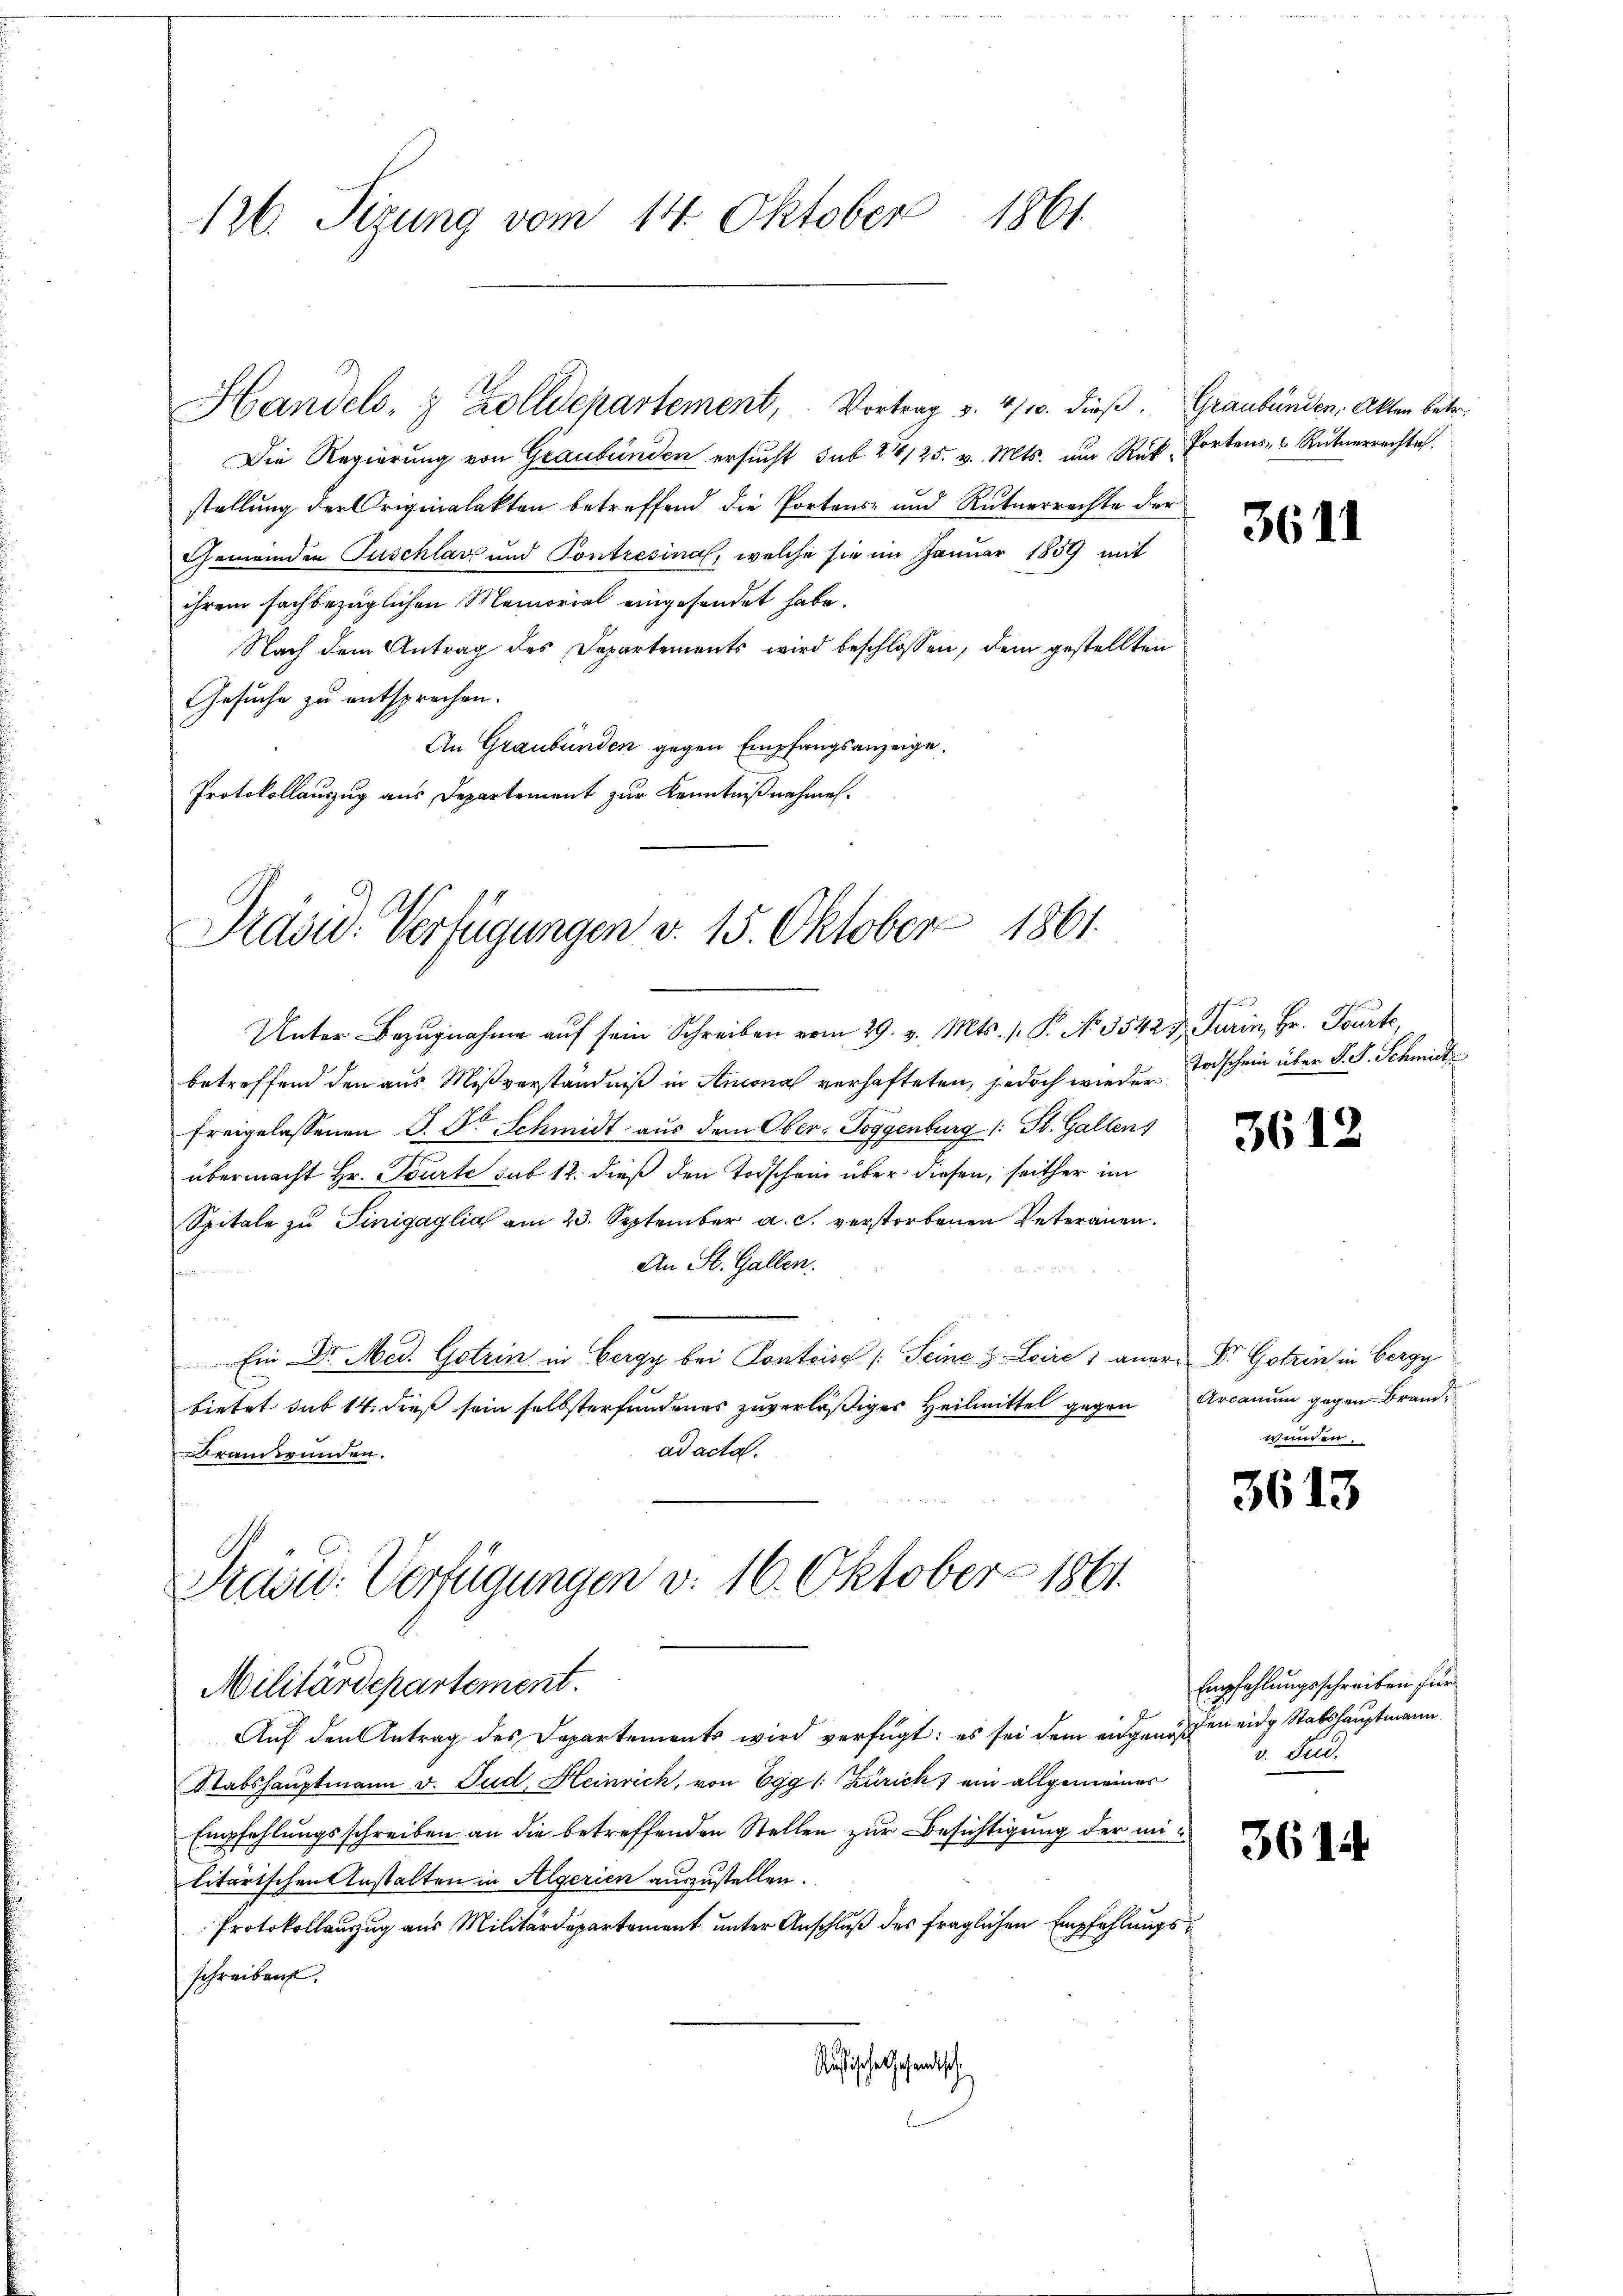
126. Sizung vom 14. Oktober 1861.

Die Regierung von Graubünden ersŭcht sub 21/25. v. Mts. um Rückfortens- u Rüterrechte.
stellung der Originalakten betreffend die Portons- und Rutnerrechte der
Gemeinden Zuschlag und Pontresinal, welche sie im Januar 1859 mit
ihrem fachbezüglichen Memorial eingesendet habe.
Nach dem Antrag des Departements wird beschlossen, dem gestellten
Gesuche zu entsprechen.
An Graubünden gegen Empfangsanzeige.
Protokollauszug aus Departement zur Kenntnißnahmen.

Handels, 3 Zolldepartement, Vortrag v. 4/10. dieβ. Graubünden, Akten betr.

Präsid. Verfügungen v. 15. Oktober 1861.

Unter Bezŭgnahme aŭf sein Schreiben vom 29. v. Mts. 1. P. No. 3542 & Turin, Hr. Tourte
betreffend den aus Mißverständniß in Anona verhafteten, jedoch wieder
freigelassenen S. Dr Schmidt aus dem Ober-Toggenburg (: St. Gallens
übermacht Hr. Tourte sub 12. dieß den Todschein über diesen, seither im
Spitale zŭ Tinigaglia am 23. September a. c. verstorbenen Veteranen.
An St. Gallen.
f
 Ein Dr. Med. Gotrin in Bergy bei Contois (Seine z. Loire 1 aner- Dr. Gotrin in Bergy
bietet sub 14. dieß sein selbsterfundenes zuverläßiges Heilmittel gegen Arcanum gegen Brandad acta.
Brandwunden.
Train. Verfügungen v. 16. Oktober 1861.

Militärdepartement.

Auf den Antrag des Departements wird verfügt: es sei dem eidgenöß
Stabshauptmann v. Pud, Heinrich, von Egg (: Zürich) ein allgemeiner
Empfehlungsschreiben an die betreffenden Stellen zur Besichtigung der militärischen Anstalten in Algerien auszustellen.
Protokollauszug aus Militärdepartement unter Anschluß des fraglichen Empfehlungsschreiben.
Ausische Gesandtsch

3611

Todschein über d. J. Schmidt,

3612

wunden.

3613

Empfehlungsschreiben für
den eidg Stabshauptmann
v. Fur.

3614